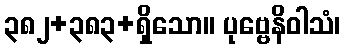
၃၈၂+၃၈၃+ရှိသော။ ပုဗ္ဗေနိဝါသံ၊